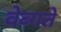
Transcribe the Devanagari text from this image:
वेब्गते